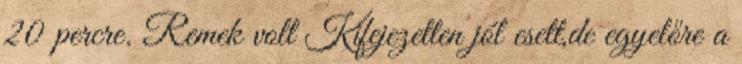
20 percre. Remek volt Kifejezetten jól esett,de egyelőre a